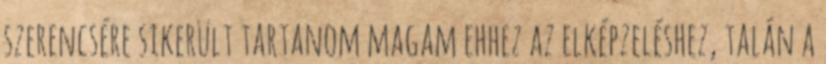
szerencsére sikerült tartanom magam ehhez az elképzeléshez, talán a